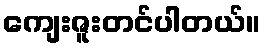
ကျေးဇူးတင်ပါတယ်။